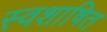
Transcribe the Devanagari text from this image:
स्वशाषित